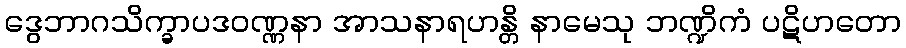
ဒွေဘာဂသိက္ခာပဒဝဏ္ဏနာ အာသနာရဟန္တိ နာမေသု ဘဏ္ဍိကံ ပဋိဟတော